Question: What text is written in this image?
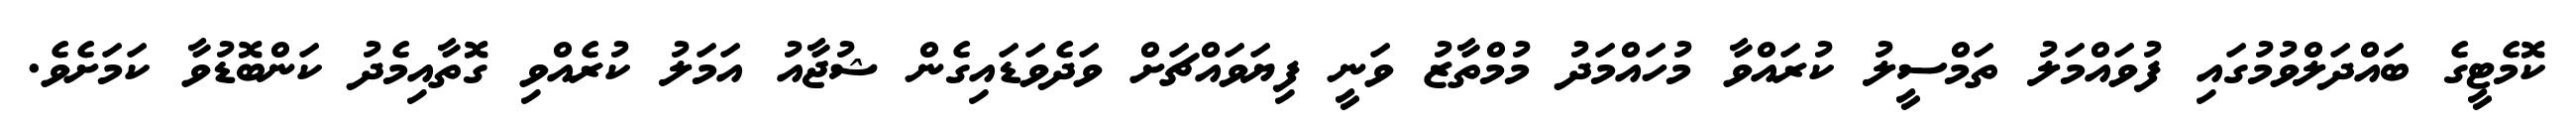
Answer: ކޮމެޓީގެ ބައްދަލްވުމުގައި ފުވައްމަލު ތަމްސީލު ކުރައްވާ މުހައްމަދު މުމްތާޒު ވަނީ ފިޔަވައްޗަށް ވަދެވަޑައިގެން ޝުޖާއު އަމަލު ކުރެއްވި ގޮތާއިމެދު ކަންބޮޑުވާ ކަމަށެވެ.